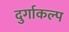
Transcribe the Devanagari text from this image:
दुर्गाकल्प